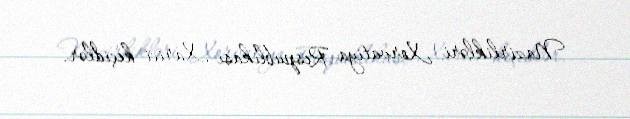
Nazirlikləri Xorvatiya Respublikası Xarici keçidlər.